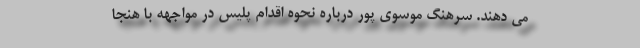
می دهند. سرهنگ موسوی پور درباره نحوه اقدام پلیس در مواجهه با هنجا